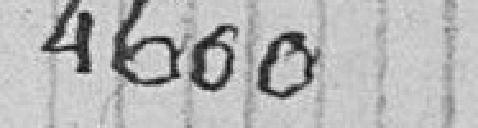
4 600 francs